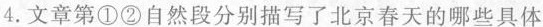
4.文章第①②自然段分别描写了北京春天的哪些具体